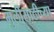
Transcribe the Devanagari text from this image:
मुलींसाठीच्या